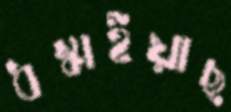
ধস্‌কাইয়াছ